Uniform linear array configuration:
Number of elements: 16
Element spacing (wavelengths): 0.75
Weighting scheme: hann
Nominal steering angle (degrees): -15
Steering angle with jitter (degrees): -15.089
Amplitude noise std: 0.05
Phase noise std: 0.05

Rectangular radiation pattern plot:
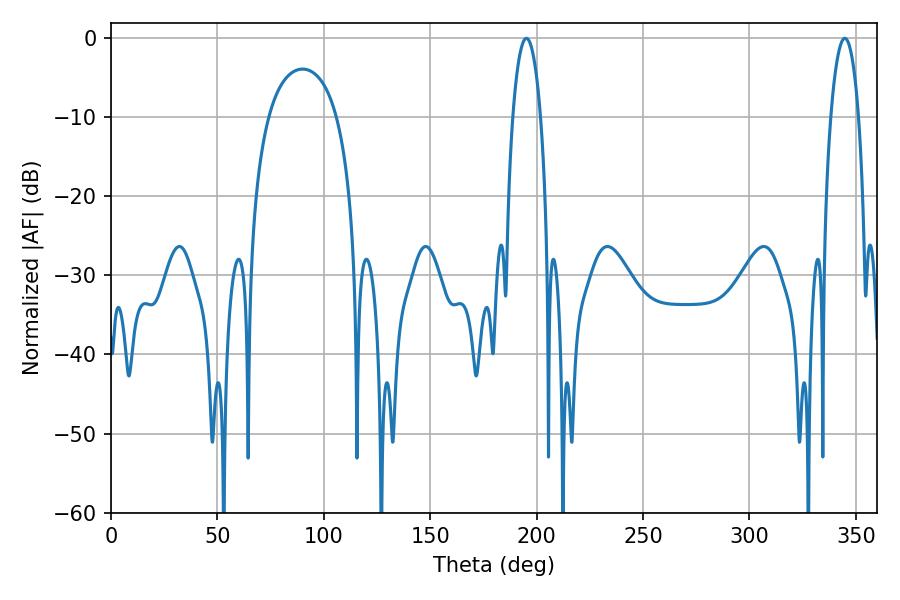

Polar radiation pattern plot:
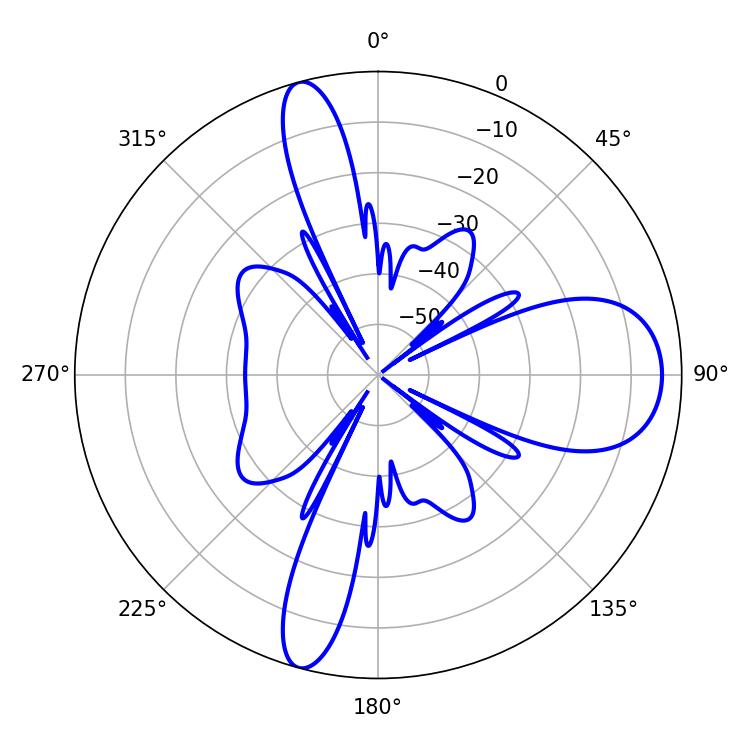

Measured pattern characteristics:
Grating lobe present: TRUE
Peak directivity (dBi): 13.168
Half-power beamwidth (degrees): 7.38
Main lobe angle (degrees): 195.12